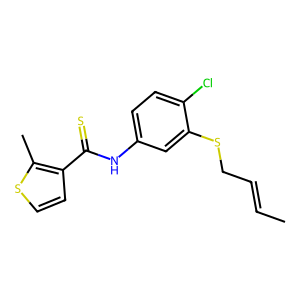
SMILES: CC=CCSc1cc(NC(=S)c2ccsc2C)ccc1Cl
Inhibits HIV replication: Yes